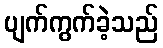
ပျက်ကွက်ခဲ့သည်